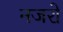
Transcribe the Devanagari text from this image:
नजरो